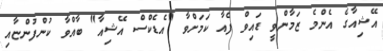
އޭޝިއާގެ އެންމެ ޒަމާންވީ ޑައިވް ފެއާ ކަމަށްވާ "އެޑެކްސް އޭޝިއާ" ބާއްވާ ކުންފުންޏާއި